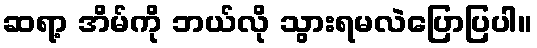
ဆရာ့ အိမ်ကို ဘယ်လို သွားရမလဲပြောပြပါ။